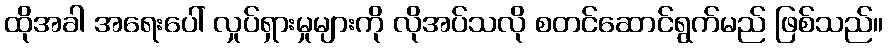
ထိုအခါ အရေးပေါ် လှုပ်ရှားမှုများကို လိုအပ်သလို စတင်ဆောင်ရွက်မည် ဖြစ်သည်။